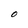
Character: O